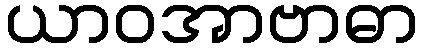
ယာဝအာဗာဓာ